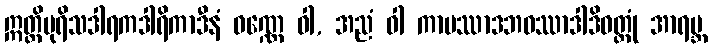
ဣတ္ထိပုရိသဒါရကဒါရိကာဒီနံ ဝဏ္ဏေ ဝါ, အညံ ဝါ ကာမဿာဒဘဝဿာဒါဒိဝတ္ထုံ အာရဗ္ဘ